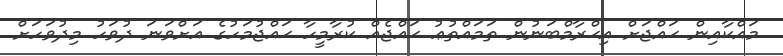
މައްކާއިން ޙައްޖަށް އިޙްރާމްބަނުން ތަމައްތުޢު ޙައްޖެއް ކުރާމީހާ ޙައްޖުމަހުގެ އަށްވަނަ ދުވަހު މިދުވަހަށް